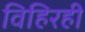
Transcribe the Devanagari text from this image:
विहिरही